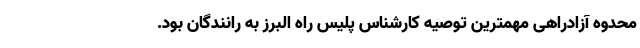
محدوه آزادراهی مهمترین توصیه کارشناس پلیس راه البرز به رانندگان بود.